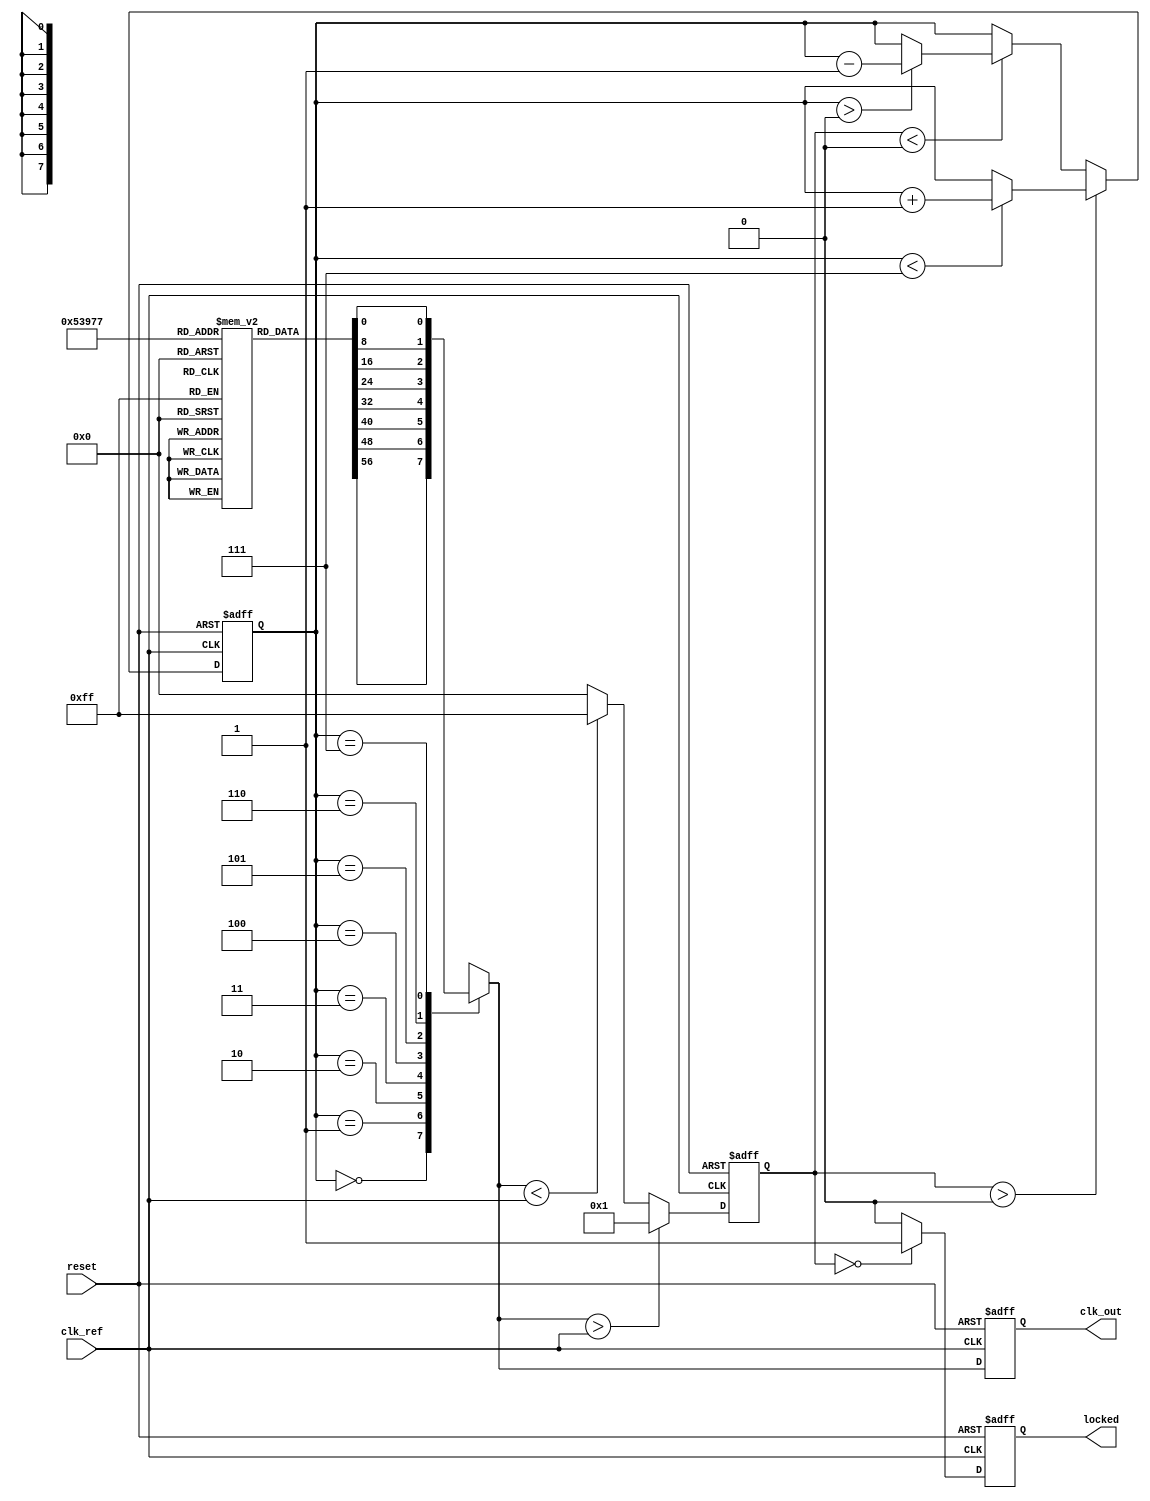
module dll_memory_blocks (
    input wire clk_ref,    // Reference clock input
    input wire reset,      // Reset signal
    output reg clk_out,    // Output delayed clock
    output reg locked      // Lock indication
);

// Parameter Definitions
parameter NUM_DELAY_STAGES = 8; // Number of delay stages
parameter DELAY_WIDTH       = 3; // Width for delay control (log2(NUM_DELAY_STAGES))

// Internal Signals
reg [DELAY_WIDTH-1:0] delay_ctrl;   // Delay control signal
reg [NUM_DELAY_STAGES-1:0] delay_line [NUM_DELAY_STAGES-1:0]; // Delay line
reg clk_delayed;                     // Delayed clock after passing through delay line
reg [7:0] phase_error;               // Phase error from phase detector

// Phase Detector
always @(posedge clk_ref or posedge reset) begin
    if (reset) begin
        phase_error <= 0;
    end else begin
        // Simple phase detector for demonstration purposes
        if (clk_delayed > clk_ref) begin
            phase_error <= 1;  // Output clock is leading
        end else if (clk_delayed < clk_ref) begin
            phase_error <= -1; // Output clock is lagging
        end else begin
            phase_error <= 0;   // Aligned
        end
    end
end

// Delay line implementation 
always @(*) begin
    case (delay_ctrl)
        0: clk_delayed = delay_line[0];
        1: clk_delayed = delay_line[1];
        2: clk_delayed = delay_line[2];
        3: clk_delayed = delay_line[3];
        4: clk_delayed = delay_line[4];
        5: clk_delayed = delay_line[5];
        6: clk_delayed = delay_line[6];
        7: clk_delayed = delay_line[7];
        default: clk_delayed = delay_line[0];
    endcase
end

// Control Logic
always @(posedge clk_ref or posedge reset) begin
    if (reset) begin
        delay_ctrl <= 0;
        clk_out <= 0;
        locked <= 0;
    end else begin
        // Adjust delay control based on phase error
        if (phase_error > 0) begin
            if (delay_ctrl < NUM_DELAY_STAGES - 1)
                delay_ctrl <= delay_ctrl + 1; // Increase delay
        end else if (phase_error < 0) begin
            if (delay_ctrl > 0)
                delay_ctrl <= delay_ctrl - 1; // Decrease delay
        end

        // Generate output clock
        clk_out <= clk_delayed;

        // Lock detection
        if (phase_error == 0) begin
            locked <= 1; // Locked if phase error is zero
        end else begin
            locked <= 0; // Not locked
        end
    end
end

// Memory Blocks (Stub for storing delay settings)
reg [DELAY_WIDTH-1:0] delay_settings [NUM_DELAY_STAGES-1:0]; // Memory for settings

// Initialize delay line (Example with simple delay assignments)
initial begin
    delay_line[0] = 1;  // Delay for stage 0
    delay_line[1] = 2;  // Delay for stage 1
    delay_line[2] = 4;  // Delay for stage 2
    delay_line[3] = 8;  // Delay for stage 3
    delay_line[4] = 16; // Delay for stage 4
    delay_line[5] = 32; // Delay for stage 5
    delay_line[6] = 64; // Delay for stage 6
    delay_line[7] = 128; // Delay for stage 7
end

endmodule